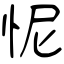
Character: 怩